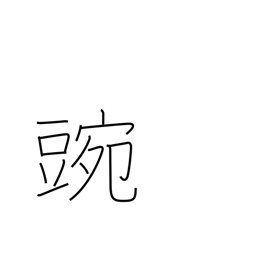
Meaning: pea